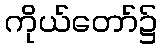
ကိုယ်တော်၌